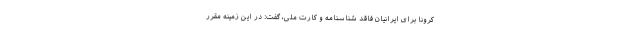
کرونا برای ایرانیان فاقد شناسنامه و کارت ملی، گفت: در این زمینه مقرر